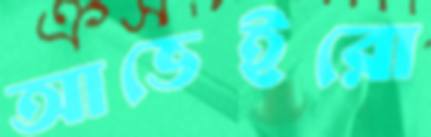
আভেইরো